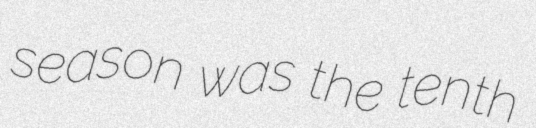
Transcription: season was the tenth